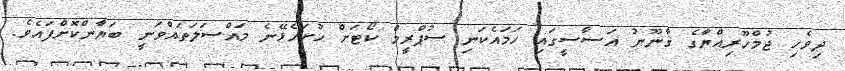
ދިވެހި ޖުމްހޫރިއްޔާގެ ޤާނޫނު އަސާސީގައި ހަމައެކަނި ސުޕްރީމް ކޯޓަށް ހުށަހެޅޭނެ މައްސަލަތައްވަނީ ބަޔާންކޮށްފައެވެ.